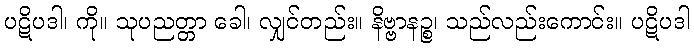
ပဋိပဒါ၊ ကို။ သုပညတ္တာ ခေါ၊ လျှင်တည်း။ နိဗ္ဗာနဉ္စ၊ သည်လည်းကောင်း။ ပဋိပဒါ